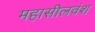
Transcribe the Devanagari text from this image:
महासीलवंश